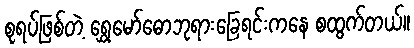
စုရပ်ဖြစ်တဲ့ ရွှေမော်ဓောဘုရားခြေရင်းကနေ စထွက်တယ်။